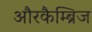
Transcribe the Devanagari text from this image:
औरकैम्ब्रिज